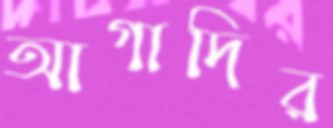
আগাদির